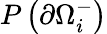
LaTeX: P\left(\partial\Omega_{i}^{-}\right)